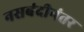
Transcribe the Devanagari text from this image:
नसबंदीनंतर